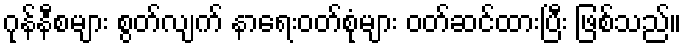
ဂုန်နီစများ စွတ်လျက် နာရေးဝတ်စုံများ ဝတ်ဆင်ထားပြီး ဖြစ်သည်။